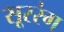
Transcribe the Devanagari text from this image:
सूररंग